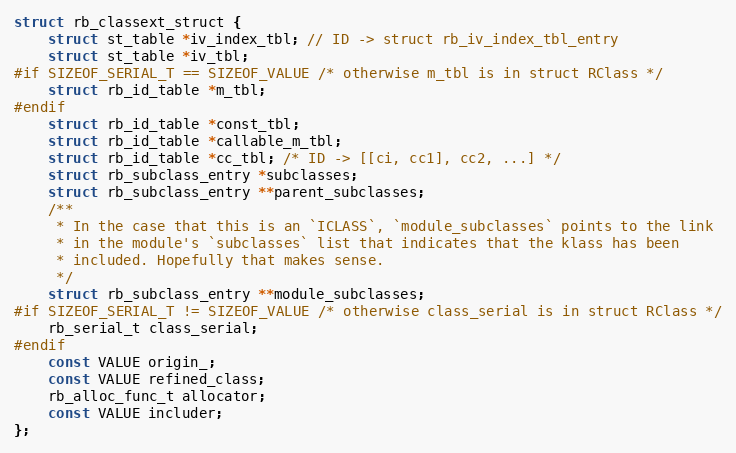
Language: C
struct rb_classext_struct {
    struct st_table *iv_index_tbl; // ID -> struct rb_iv_index_tbl_entry
    struct st_table *iv_tbl;
#if SIZEOF_SERIAL_T == SIZEOF_VALUE /* otherwise m_tbl is in struct RClass */
    struct rb_id_table *m_tbl;
#endif
    struct rb_id_table *const_tbl;
    struct rb_id_table *callable_m_tbl;
    struct rb_id_table *cc_tbl; /* ID -> [[ci, cc1], cc2, ...] */
    struct rb_subclass_entry *subclasses;
    struct rb_subclass_entry **parent_subclasses;
    /**
     * In the case that this is an `ICLASS`, `module_subclasses` points to the link
     * in the module's `subclasses` list that indicates that the klass has been
     * included. Hopefully that makes sense.
     */
    struct rb_subclass_entry **module_subclasses;
#if SIZEOF_SERIAL_T != SIZEOF_VALUE /* otherwise class_serial is in struct RClass */
    rb_serial_t class_serial;
#endif
    const VALUE origin_;
    const VALUE refined_class;
    rb_alloc_func_t allocator;
    const VALUE includer;
};